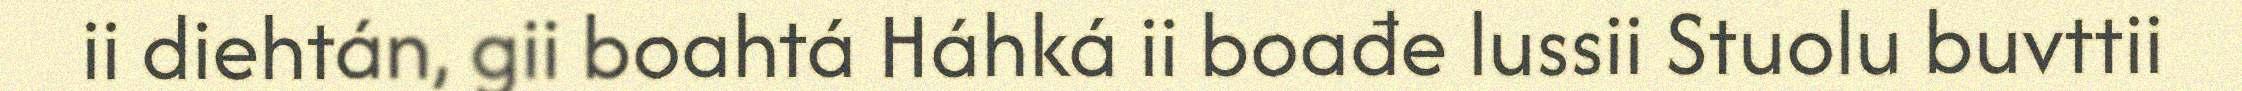
ii diehtán, gii boahtá Háhká ii boađe lussii Stuolu buvttii